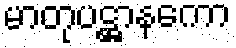
မာတုပဋ္ဌာနကော